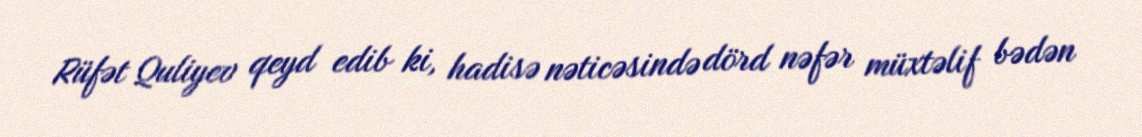
Rüfət Quliyev qeyd edib ki, hadisə nəticəsində dörd nəfər müxtəlif bədən